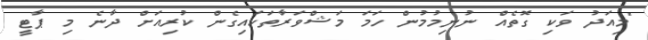
"މިއަދު ވަކި ގޮތެއް ނުނިމުމުން ހަމަ މަޝްވަރާތަކައިގެން ކުރިއަށް ދާނެ މި ޕާޓީ